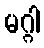
မဂ္ဂါ